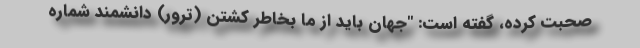
صحبت کرده، گفته است: "جهان باید از ما بخاطر کشتن (ترور) دانشمند شماره